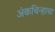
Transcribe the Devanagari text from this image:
अंकचिन्हाचा